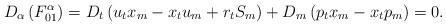
LaTeX: \begin{align*}D_\alpha\left(F^\alpha_{01}\right)=D_t\left(u_tx_m-x_t u_m+r_t S_m\right) +D_m\left(p_t x_m-x_t p_m\right)=0. \end{align*}